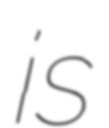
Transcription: is